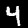
Label: 4